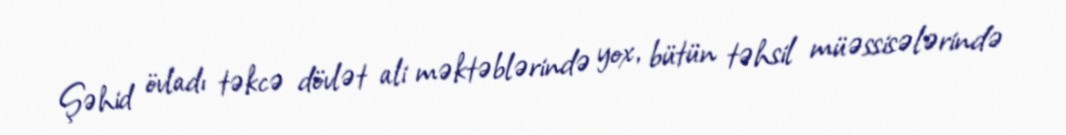
Şəhid övladı təkcə dövlət ali məktəblərində yox, bütün təhsil müəssisələrində